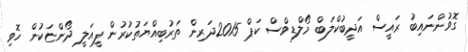
ގޮވުންނައިބު ރައީސް އަދީބުކްލަބް މޯލްޑިވްސް ކަޕް 2015ދަރިން ތަރުބިއްޔަތުކުރުން ފީއަލީ ދޯންޏަކުން ހޮވި